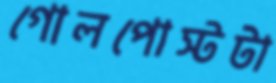
গোলপোস্টটা